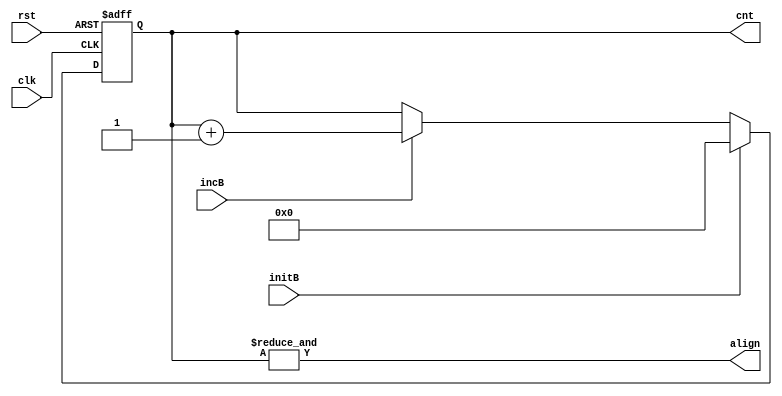
`timescale 1ns/1ns
module BytesCounter (
    input clk,
    input rst,
    input initB,
    input incB,

    output align,
    output [3:0] cnt
);

    reg [3:0] cntOut;
    always @(posedge clk, posedge rst) begin
        if (rst)
            cntOut <= 4'b0;
        else if (initB)
            cntOut <= 4'b0;
        else if (incB)
            cntOut <= cntOut + 4'b1;
    end

    assign align = &cntOut ;
    assign cnt = cntOut;

endmodule